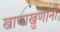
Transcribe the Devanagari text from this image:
खाणाखुणांनी